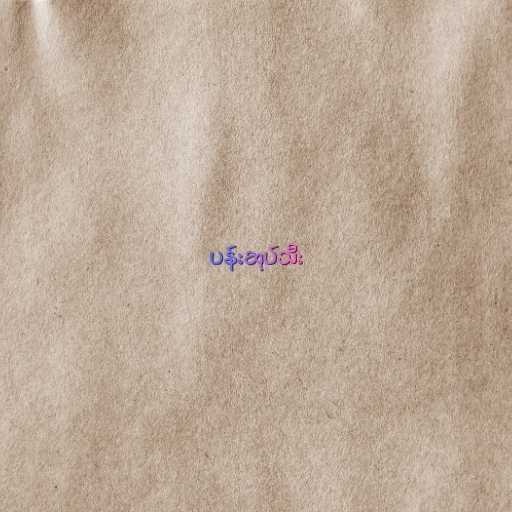
ပန်းဆုပ်သီး